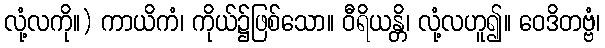
လုံ့လကို။) ကာယိကံ၊ ကိုယ်၌ဖြစ်သော။ ဝီရိယန္တိ၊ လုံ့လဟူ၍။ ဝေဒိတဗ္ဗံ၊